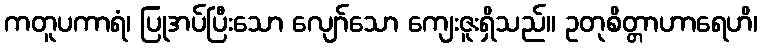
ကတူပကာရံ၊ ပြုအပ်ပြီးသော လျော်သော ကျေးဇူးရှိသည်။ ဥတုစိတ္တာဟာရေဟိ၊